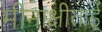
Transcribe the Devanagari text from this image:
मीनाक्षीताई